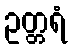
ဥတ္တရံ